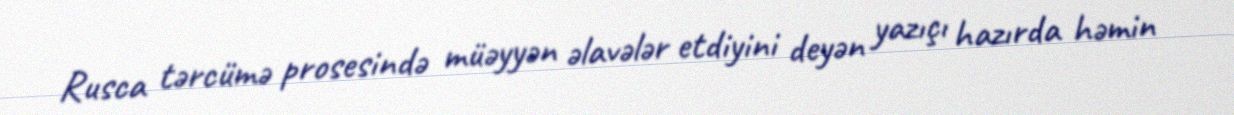
Rusca tərcümə prosesində müəyyən əlavələr etdiyini deyən yazıçı hazırda həmin